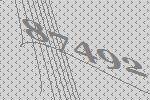
87492